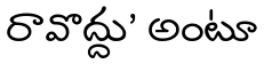
రావొద్దు' అంటూ